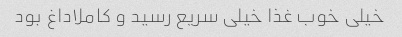
خیلی خوب غذا خیلی سریع رسید و کاملاداغ بود